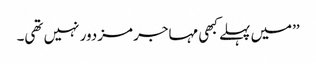
’’میں پہلے کبھی مہاجر مزدور نہیں تھی۔